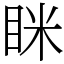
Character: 眯